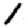
Digit: 1